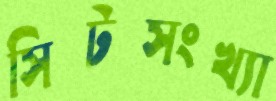
সিটসংখ্যা